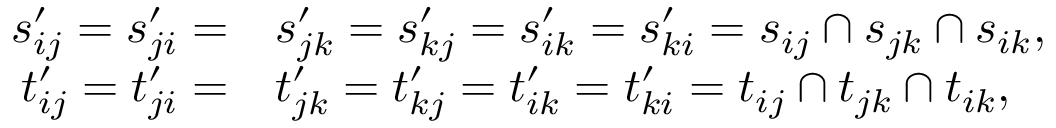
\begin{array} { r l r l } & { } & { s _ { i j } ^ { \prime } = s _ { j i } ^ { \prime } = } & { s _ { j k } ^ { \prime } = s _ { k j } ^ { \prime } = s _ { i k } ^ { \prime } = s _ { k i } ^ { \prime } = s _ { i j } \cap s _ { j k } \cap s _ { i k } , } \\ & { } & { t _ { i j } ^ { \prime } = t _ { j i } ^ { \prime } = } & { t _ { j k } ^ { \prime } = t _ { k j } ^ { \prime } = t _ { i k } ^ { \prime } = t _ { k i } ^ { \prime } = t _ { i j } \cap t _ { j k } \cap t _ { i k } , } \end{array}